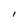
Character: l